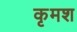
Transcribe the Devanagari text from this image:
कृमश